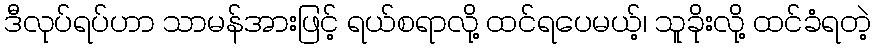
ဒီလုပ်ရပ်ဟာ သာမန်အားဖြင့် ရယ်စရာလို့ ထင်ရပေမယ့်၊ သူခိုးလို့ ထင်ခံရတဲ့